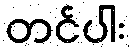
တင်ပါး